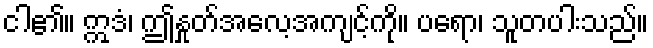
ငါ၏။ ဣဒံ၊ ဤနှုတ်အလေ့အကျင့်ကို။ ပရော၊ သူတပါးသည်။